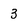
Character: 3